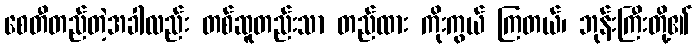
စေတီတည်တဲ့အခါလည်း တစ်ဆူတည်းသာ တည်ထား ကိုးကွယ် ကြတယ်၊ ဘုန်းကြီးတို့၏